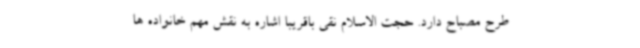
طرح مصباح دارد. حجت الاسلام نقی باقریبا اشاره به نقش مهم خانواده ها